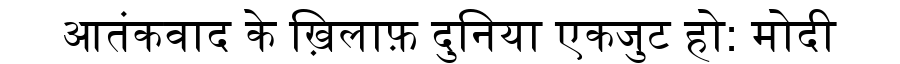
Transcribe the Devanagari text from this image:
आतंकवाद के ख़िलाफ़ दुनिया एकजुट हो: मोदी